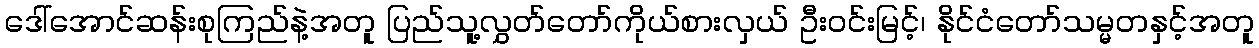
ဒေါ်အောင်ဆန်းစုကြည်နဲ့အတူ ပြည်သူ့လွှတ်တော်ကိုယ်စားလှယ် ဦးဝင်းမြင့်၊ နိုင်ငံတော်သမ္မတနှင့်အတူ